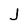
Character: J